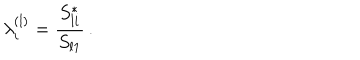
\lambda _ { i } ^ { ( l ) } = \frac { S _ { l i } ^ { * } } { S _ { l 1 } } \, .